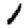
Digit: 1